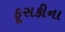
ફૂસકીના